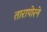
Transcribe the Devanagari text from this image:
तारापोरने